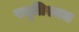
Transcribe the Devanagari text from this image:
स्मृतिस्थल